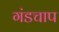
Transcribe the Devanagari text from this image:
गंडचाप